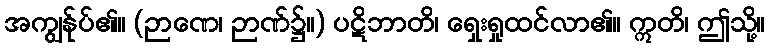
အကျွန်ုပ်၏။ (ဉာဏေ၊ ဉာဏ်၌။) ပဋိဘာတိ၊ ရှေးရှုထင်လာ၏။ ဣတိ၊ ဤသို့။